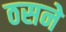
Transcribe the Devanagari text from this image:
ठसने